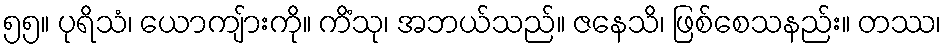
၅၅။ ပုရိသံ၊ ယောကျ်ားကို။ ကိံသု၊ အဘယ်သည်။ ဇနေသိ၊ ဖြစ်စေသနည်း။ တဿ၊